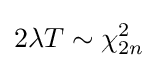
2\lambda T\sim \chi _{2n}^{2}